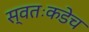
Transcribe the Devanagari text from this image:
स्वतःकडेच